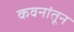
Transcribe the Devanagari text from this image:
कवनांतून